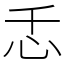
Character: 忎